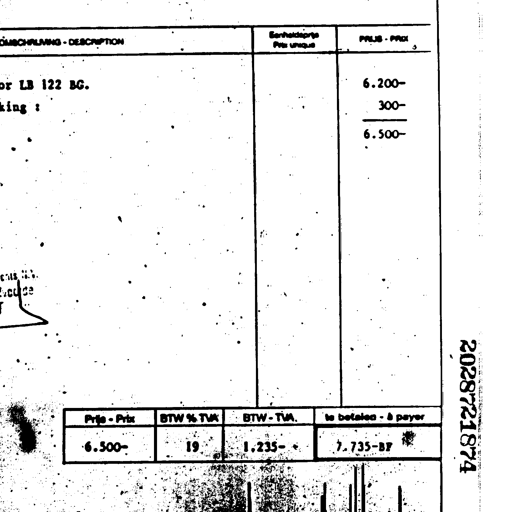
OMSCHRIJVING - DESCRIPTION Eenheidsprijs Prix unique PRIJS - PRIX
LB 122 BG. 6.200-
300-
6.500-
Prijs - Prix BTW % TVA BTW - TVA te betalen - à payer
6.500- 19 1.235- 7.735-BF
2028721874